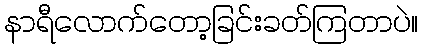
နာရီလောက်တော့ခြင်းခတ်ကြတာပဲ။